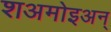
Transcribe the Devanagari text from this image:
शअमोइअन्